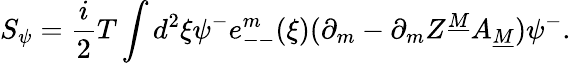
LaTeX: S_{\psi}={\frac{i}{2}}T\int d^{2}\xi\psi^{-}e_{--}^{m}(\xi)(\partial_{m}-\partial_{m}Z^{\underline{{M}}}A_{\underline{{M}}})\psi^{-}.